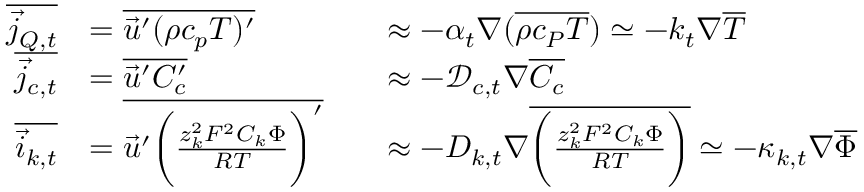
\begin{array} { r } { \begin{array} { r l r l } { \overline { { \vec { j } _ { Q , t } } } } & { = \overline { { \vec { u } ^ { \prime } ( \rho c _ { p } T ) ^ { \prime } } } } & & { \approx - \alpha _ { t } \nabla ( \overline { { \rho c _ { P } T } } ) \simeq - k _ { t } \nabla \overline { { T } } } \\ { \overline { { \vec { j } _ { c , t } } } } & { = \overline { { \vec { u } ^ { \prime } C _ { c } ^ { \prime } } } } & & { \approx - { \mathcal { D } _ { c , t } } \nabla \overline { { C _ { c } } } } \\ { \overline { { \vec { i } _ { k , t } } } } & { = \overline { { \vec { u } ^ { \prime } \biggl ( \frac { z _ { k } ^ { 2 } F ^ { 2 } C _ { k } \Phi } { R T } \biggr ) ^ { \prime } } } } & & { \approx - D _ { k , t } \nabla \overline { { \biggl ( \frac { z _ { k } ^ { 2 } F ^ { 2 } C _ { k } \Phi } { R T } \biggr ) } } \simeq - \kappa _ { k , t } \nabla \overline { { \Phi } } } \end{array} } \end{array}